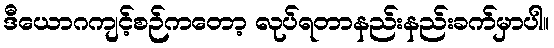
ဒီယောဂကျင့်စဉ်ကတော့ လုပ်ရတာနည်းနည်းခက်မှာပါ။